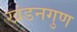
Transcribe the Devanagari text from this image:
खंडनगुण